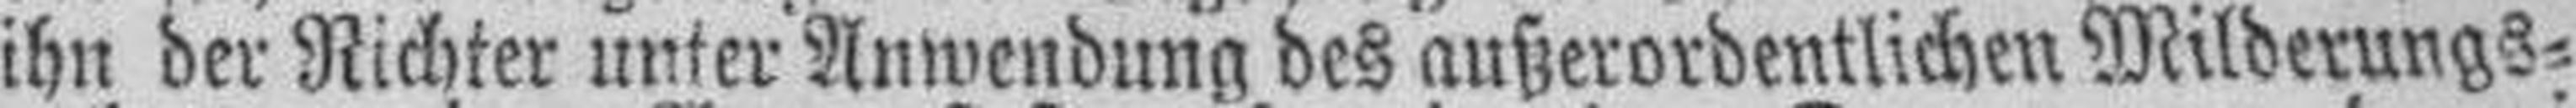
ihn der Richter unter Anwendung des außerordentlichen Milderungs¬